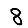
Digit: 8